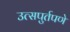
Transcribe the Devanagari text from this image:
उत्सपुर्तपणे